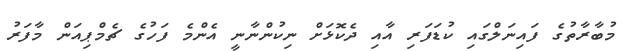
މުބާރާތުގެ ފައިނަލްގައި ކުޑަފަރި އާއި ދެކޮޅަށް ނިކުންނާނީ އެންމެ ފަހުގެ ޗެމްޕިއަން މާފަރު